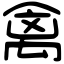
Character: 禽